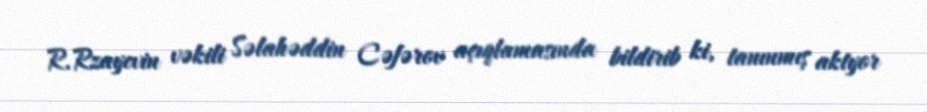
R.Rzayevin vəkili Səlahəddin Cəfərov açıqlamasında bildirib ki, tanınmış aktyor